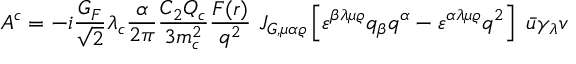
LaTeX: { \cal A } ^ { c } = - i \frac { G _ { F } } { \sqrt { 2 } } \lambda _ { c } \frac { \alpha } { 2 \pi } \frac { C _ { 2 } Q _ { c } } { 3 m _ { c } ^ { 2 } } \frac { F ( r ) } { q ^ { 2 } } \ J _ { G , \mu \alpha \varrho } \left[ \varepsilon ^ { \beta \lambda \mu \varrho } q _ { \beta } q ^ { \alpha } - \varepsilon ^ { \alpha \lambda \mu \varrho } q ^ { 2 } \right] \ \bar { u } \gamma _ { \lambda } v